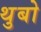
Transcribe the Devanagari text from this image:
थुबो